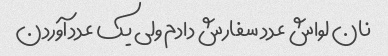
نان لواش عدد سفارش دادم ولی یک عدد آوردن